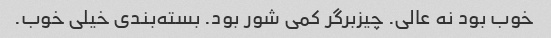
خوب بود نه عالی. چیزبرگر کمی شور بود. بسته‌بندی خیلی خوب.